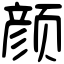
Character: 颜